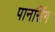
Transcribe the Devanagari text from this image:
पानसिंग